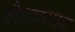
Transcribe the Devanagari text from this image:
बोधप्रसाद